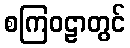
စကြဝဠာတွင်